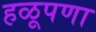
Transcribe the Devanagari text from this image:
हळूपणा